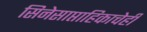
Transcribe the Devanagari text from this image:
सिनेसाप्ताहिकाचेही